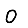
Digit: 0